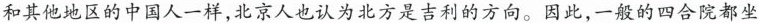
和其他地区的中国人一样，北京人也认为北方是吉利的方向。因此，一般的四合院都坐